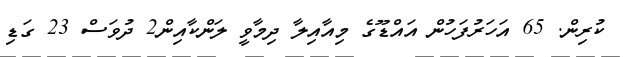
ކުރިން. 65 އަހަރުފަހުން އައްޑޫގެ މިއާއިލާ ދިމާވީ ލަންކާއިން2 ދުވަސް 23 ގަޑި